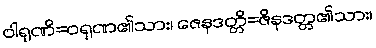
ဝါရုဏိ=ဝရုဏ၏သား၊ ဇေနဒတ္တိ=ဇိနဒတ္တ၏သား၊